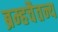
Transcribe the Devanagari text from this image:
ब्रम्हचैतन्य